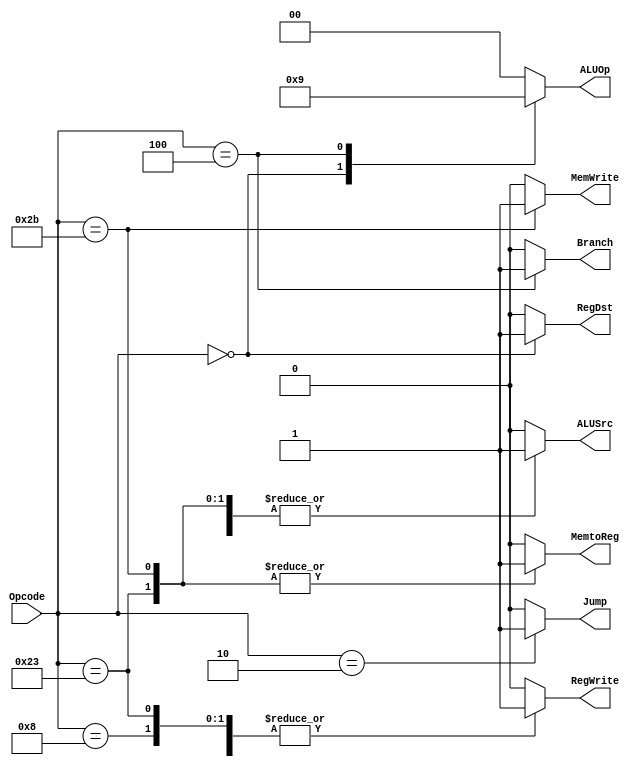
module Main_Decoder (
input   wire    [5:0]    Opcode,

output  reg                 Jump, MemtoReg, MemWrite ,Branch ,ALUSrc ,RegDst ,RegWrite,
output  reg     [1:0]    ALUOp
);

always @(*) 
begin
    case (Opcode)
    6'b10_0011:     //loadWord
    begin
        Jump = 1'b0;
        ALUOp = 2'b00;
        MemWrite = 1'b0;
        RegWrite = 1'b1;
        RegDst = 1'b0;
        ALUSrc = 1'b1;
        MemtoReg = 1'b1;
        Branch = 1'b0;
    end
        
    6'b10_1011:     //storeWord
    begin
        Jump = 1'b0;
        ALUOp = 2'b00;
        MemWrite = 1'b1;
        RegWrite = 1'b0;
        RegDst = 1'b0;
        ALUSrc = 1'b1;
        MemtoReg = 1'b1;
        Branch = 1'b0;
    end

                 
    6'b00_0000 :     //rType
    begin
        Jump = 1'b0;
        ALUOp = 2'b10;
        MemWrite = 1'b0;
        RegWrite = 1'b1;
        RegDst = 1'b1;
        ALUSrc = 1'b0;
        MemtoReg = 1'b0;
        Branch = 1'b0;
    end

        
    6'b00_1000 :     //addImmediate
    begin
        Jump = 1'b0;
        ALUOp = 2'b00;
        MemWrite = 1'b0;
        RegWrite = 1'b1;
        RegDst = 1'b0;
        ALUSrc = 1'b1;
        MemtoReg = 1'b0;
        Branch = 1'b0;
    end

         
    6'b00_0100 :     //branchIfEqual
    begin
        Jump = 1'b0;
        ALUOp = 2'b01;
        MemWrite = 1'b0;
        RegWrite = 1'b0;
        RegDst = 1'b0;
        ALUSrc = 1'b0;
        MemtoReg = 1'b0;
        Branch = 1'b1;
    end

            
    6'b00_0010:     //jump_inst
    begin
        Jump = 1'b1;
        ALUOp = 2'b00;
        MemWrite = 1'b0;
        RegWrite = 1'b0;
        RegDst = 1'b0;
        ALUSrc = 1'b0;
        MemtoReg = 1'b0;
        Branch = 1'b0;
    end

    default:           //default
    begin
        Jump = 1'b0;
        ALUOp = 2'b00;
        MemWrite = 1'b0;
        RegWrite = 1'b0;
        RegDst = 1'b0;
        ALUSrc = 1'b0;
        MemtoReg = 1'b0;
        Branch = 1'b0;
    end
endcase
end

endmodule